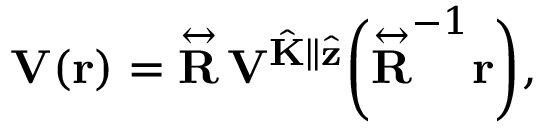
\mathbf { V } ( \mathbf { r } ) = \overset \leftrightarrow { \mathbf { R } } \, \mathbf { V } ^ { \hat { \mathbf { K } } \parallel \hat { \mathbf { z } } } \bigg ( \overset \leftrightarrow { \mathbf { R } } ^ { - 1 } \mathbf { r } \bigg ) ,